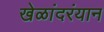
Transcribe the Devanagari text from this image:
खेळांदरंयान